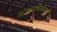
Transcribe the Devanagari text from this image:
कातळभिंतीपाशी